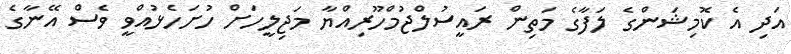
އަދި އެ ކޮމިޝަންގެ ލަފާގެ މަތިން ރައީސުލްޖުމްހޫރިއްޔާ މަޖިލީހަށް ހުށަހެޅުއްވީ ވެސް އޭނާގެ